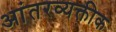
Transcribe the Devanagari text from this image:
आंतरव्यक्तीक